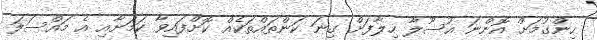
ހިންގުމަށް އޮންނަ އުސޫލާ ހިލާފަށް ގިނަ ކަންތައްތަކެއް ކޮށްފައިވާ ކަމަށާއި އެ މައްސަލަ